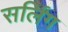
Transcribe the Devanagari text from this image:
सर्लिंग